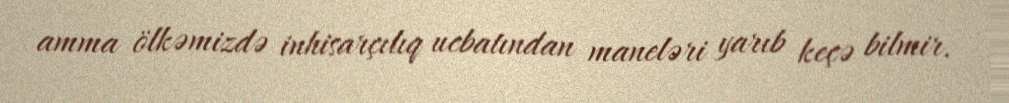
amma ölkəmizdə inhisarçılıq ucbatından maneləri yarıb keçə bilmir.